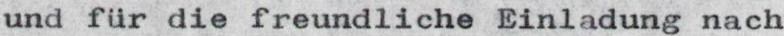
und für die freundliche Einladung nach